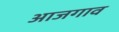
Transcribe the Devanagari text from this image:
आजगाव